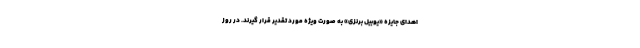
اهدای جایزه «یوبیل برنزی» به صورت ویژه مورد تقدیر قرار گیرند. در روز